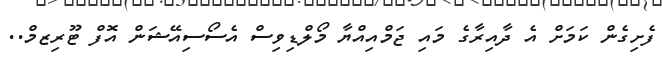
ފެށިގެން ކަމަށް އެ ދާއިރާގެ މައި ޖަމްއިއްޔާ މޯލްޑިވިސް އެސޯސިއޭޝަން އޮފް ޓޫރިޒމް..